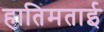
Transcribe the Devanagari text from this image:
हातिमताई